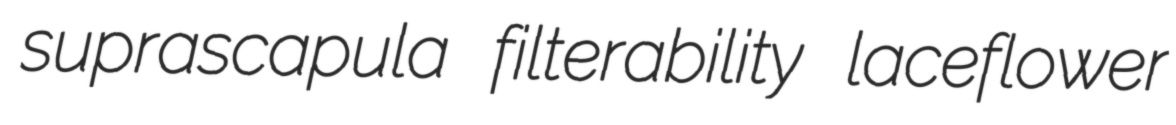
suprascapula filterability laceflower